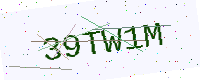
Text: 39TW1M